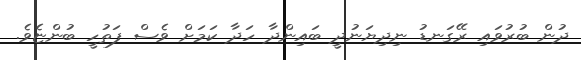
ދުން ބުރުވައި ރޭގަނޑު ނިދިޔަނުދީ ބައިންދާ ހަދާ ކަމަށް ވެސް ފަތުހީ ބުންޏެވެ.